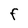
Character: F